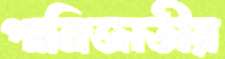
পানিজাতীয়